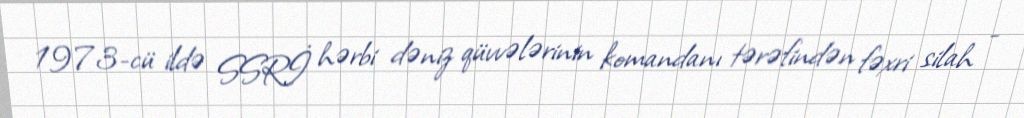
1973-cü ildə SSRİ hərbi dəniz qüvvələrinin komandanı tərəfindən fəxri silah -